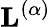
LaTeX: \mathbf{L}^{(\alpha)}